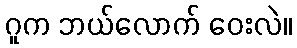
ဂူက ဘယ်လောက် ဝေးလဲ။